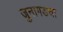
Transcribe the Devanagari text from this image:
जुनागडचा